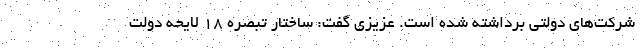
شرکت‌های دولتی برداشته شده است. عزیزی گفت: ساختار تبصره ۱۸ لایحه دولت